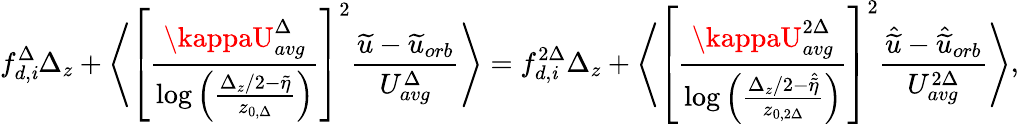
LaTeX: {f_{d,\mathit{i}}^{\Delta}}\Delta_{z}+\left\langle\left[\frac{{\kappaU_{avg}^{\Delta}}}{{\log\left(\frac{{\Delta_{z}/2-\widetilde{{\eta}}}}{{z_{0,\Delta}}}\right)}}\right]^{2}\frac{{\widetilde{{u}}-\widetilde{{u}}_{orb}}}{{U_{avg}^{\Delta}}}\right\rangle={f_{d,\mathit{i}}^{2\Delta}}\Delta_{z}+\left\langle\left[\frac{{\kappaU_{avg}^{2\Delta}}}{{\log\left(\frac{{\Delta_{z}/2-\widehat{{\widetilde{{\eta}}}}}}{{z_{0,2\Delta}}}\right)}}\right]^{2}\frac{{\hat{{\widetilde{{u}}}}-\hat{{\widetilde{{u}}}}_{orb}}}{{U_{avg}^{2\Delta}}}\right\rangle,